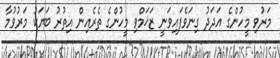
މަރުވި މީހުންގެ އަދަދު ގިނަވެފައިވަނީ ޒަޚަމްވި މީހުންގެ ތެރެއިން އިތުރު ބަޔަކު މަރުވުމާ